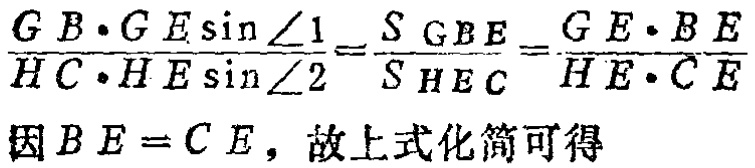
\(\frac{GB\cdot GE\sin\angle1}{HC\cdot HE\sin\angle2}=\frac{S_{GBE}}{S_{HEC}}=\frac{GE\cdot BE}{HE\cdot CE}\)
因\(BE = CE\)，故上式化简可得